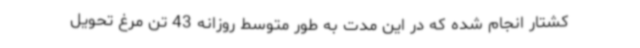
کشتار انجام شده که در این مدت به طور متوسط روزانه 43 تن مرغ تحویل